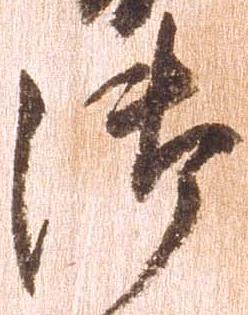
御